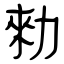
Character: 勑